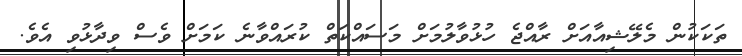
ތަކަކުން މެލޭޝިއާއަށް ރާއްޖެ ހުޅުވާލުމަށް މަސައްކަތް ކުރައްވާނެ ކަމަށް ވެސް ވިދާޅުވި އެވެ.